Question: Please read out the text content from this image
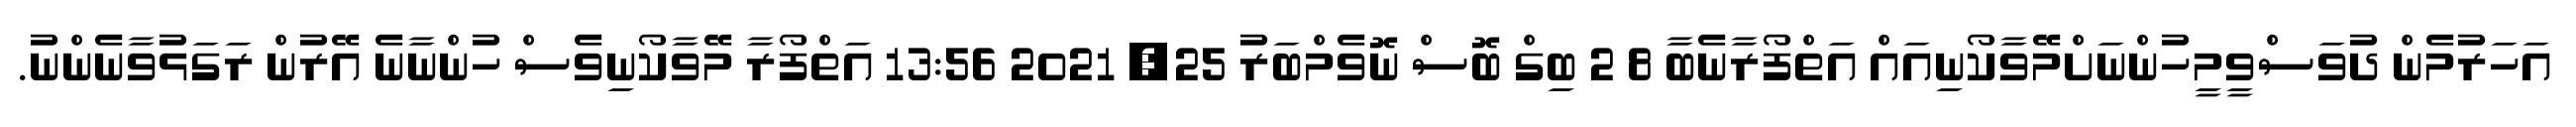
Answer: އަހަރުމެން ދުވަސްވީމީހުންނަށްމޭވާކޯނިއައް އަތްފޯރާނެބާ 8 2 ބިގް ބޮސް ނޮވެމްބަރު 25, 2021 13:56 އަތްފޯރާ މޭވާކޯނިވެސް ހުންނާނެ އޭރުން ރަގަޅުވާނެންނު.